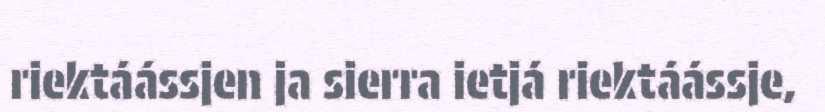
riektáássjen ja sierra ietjá riektáássje,